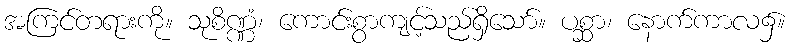
အကြင်တရားကို။ သုစိဏ္ဏံ၊ ကောင်းစွာကျင့်သည်ရှိသော်။ ပစ္ဆာ၊ နောက်ကာလ၌။